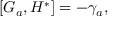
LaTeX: \left[ G _ { a } , H ^ { * } \right] = - \gamma _ { a } ,